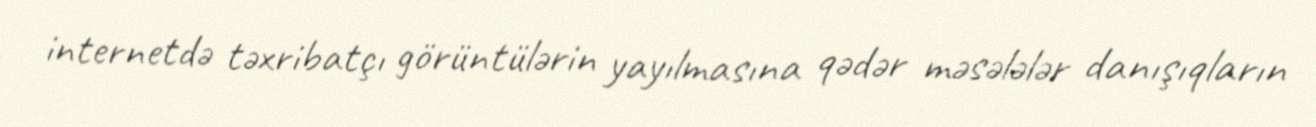
internetdə təxribatçı görüntülərin yayılmasına qədər məsələlər danışıqların